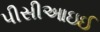
પીસીઆઇઈ